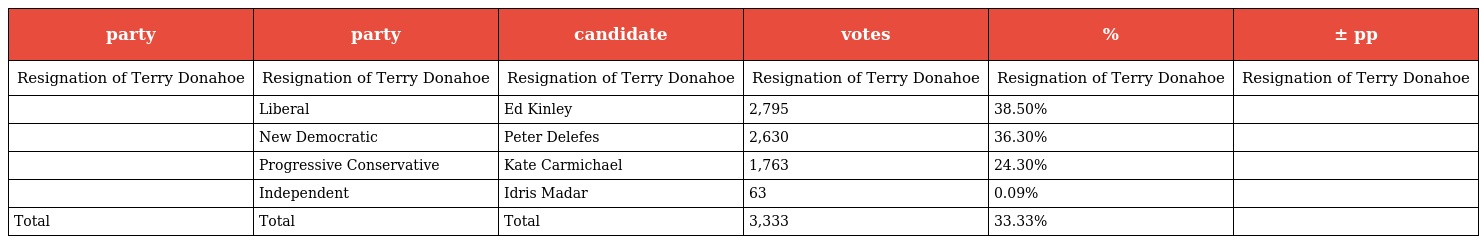
| party | party | candidate | votes | % | ± pp |
 | --- | --- | --- | --- | --- | --- |
 | Resignation of Terry Donahoe | Resignation of Terry Donahoe | Resignation of Terry Donahoe | Resignation of Terry Donahoe | Resignation of Terry Donahoe | Resignation of Terry Donahoe |
 |  | Liberal | Ed Kinley | 2,795 | 38.50% |  |
 |  | New Democratic | Peter Delefes | 2,630 | 36.30% |  |
 |  | Progressive Conservative | Kate Carmichael | 1,763 | 24.30% |  |
 |  | Independent | Idris Madar | 63 | 0.09% |  |
 | Total | Total | Total | 3,333 | 33.33% |  |